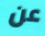
عن